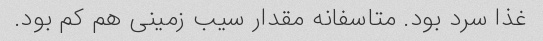
غذا سرد بود. متاسفانه مقدار سیب زمینی هم کم بود.